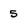
Character: 5